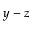
y - z